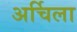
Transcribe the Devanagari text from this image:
अर्चिला